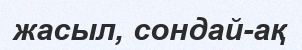
жасыл, сондай-ақ